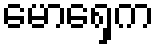
မောရှေက